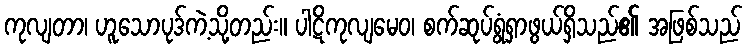
ကုလျတာ၊ ဟူသောပုဒ်ကဲ့သို့တည်း။ ပါဋိကုလျမေဝ၊ စက်ဆုပ်ရွံရှာဖွယ်ရှိသည်၏ အဖြစ်သည်